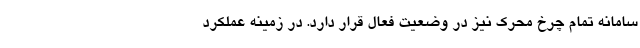
سامانه تمام چرخ محرک نیز در وضعیت فعال قرار دارد. در زمینه عملکرد